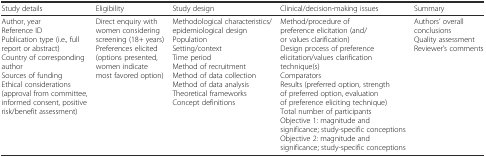
<table><thead><tr><td><b>Study details</b></td><td><b>Eligibility</b></td><td><b>Study design</b></td><td><b>Clinical/decision-making issues</b></td><td><b>Summary</b></td></tr></thead><tbody><tr><td>Author, yearReference IDPublication type (i.e., full report or abstract)Country of corresponding authorSources of fundingEthical considerations (approval from committee, informed consent, positive risk/benefit assessment)</td><td>Direct enquiry with women considering screening (18+ years)Preferences elicited (options presented, women indicate most favored option)</td><td>Methodological characteristics/epidemiological designPopulationSetting/contextTime periodMethod of recruitmentMethod of data collectionMethod of data analysisTheoretical frameworksConcept definitions</td><td>Method/procedure of preference elicitation (and/or values clarification)Design process of preference elicitation/values clarification technique(s)ComparatorsResults (preferred option, strength of preferred option, evaluation of preference eliciting technique)Total number of participantsObjective 1: magnitude and significance; study-specific conceptionsObjective 2: magnitude and significance; study-specific conceptions</td><td>Authors’ overall conclusionsQuality assessmentReviewer’s comments</td></tr></tbody></table>